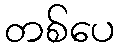
တစ်ပေ